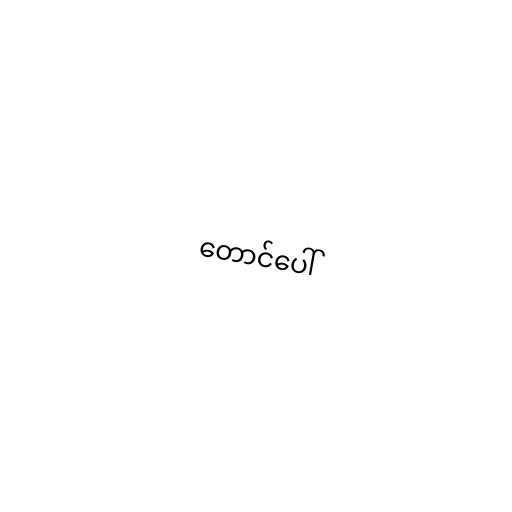
တောင်ပေါ်